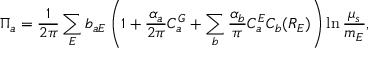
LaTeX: \Pi _ { a } = \frac { 1 } { 2 \pi } \sum _ { E } b _ { a E } \left( 1 + \frac { \alpha _ { a } } { 2 \pi } C _ { a } ^ { G } + \sum _ { b } \frac { \alpha _ { b } } { \pi } C _ { a } ^ { E } C _ { b } ( R _ { E } ) \right) \ln \frac { \mu _ { s } } { m _ { E } } ,